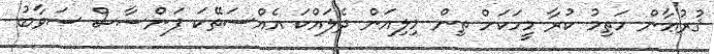
ޤުރުޢާން ހަތިމު ކުރާ މީހަކަށް ތިން މިލިއަން ދެލައްކަ އެއްސަތޭކަ ފަންސާސް ސަވާބު